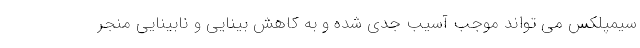
سیمپلکس می تواند موجب آسیب جدی شده و به کاهش بینایی و نابینایی منجر